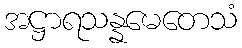
အဋ္ဌာရသန္နမေတေသံ